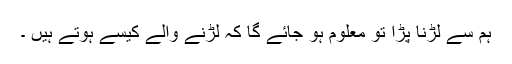
ہم سے لڑنا پڑا تو معلوم ہو جائے گا کہ لڑنے والے کیسے ہوتے ہیں ۔